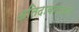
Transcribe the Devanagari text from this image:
अतिदावनाकार